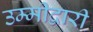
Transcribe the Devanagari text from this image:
उम्मीद्वारी